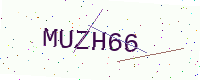
Text: MUZH66